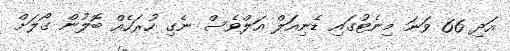
އަދި 66 ވަނަ މިނެޓުގައި ޑެނިއަލް އަލްވެސް ނެގި ހުރަހެއް ބޮލުން ގޯލަށް